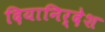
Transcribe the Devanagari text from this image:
दियानिर्देश